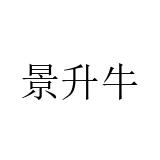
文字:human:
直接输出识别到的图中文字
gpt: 景升牛